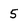
Character: 5